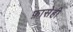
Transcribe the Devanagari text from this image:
फ़ासेही